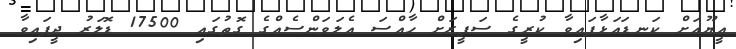
އީޔޫއަށް ކަނޑައަޅާފައިވާ ކުރީގެ ސަފީރަށް ހާއްސަ އެލަވަންސެއްގެ ގޮތުގައި 17500 ޑޮލަރު ދީފައިވާ